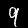
Label: 9